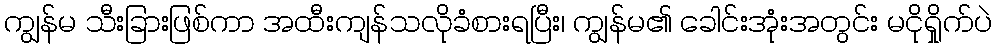
ကျွန်မ သီးခြားဖြစ်ကာ အထီးကျန်သလိုခံစားရပြီး၊ ကျွန်မ၏ ခေါင်းအုံးအတွင်း မငိုရှိုက်ပဲ